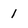
Character: 1